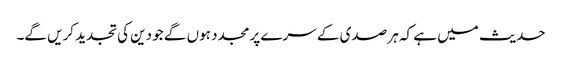
حدیث میں ہے کہ ہر صدی کے سرے پر مجدد ہوں گے جو دین کی تجدید کریں گے۔